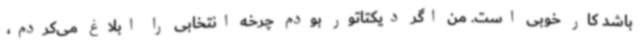
باشد کار خوبی است. من اگر دیکتاتور بودم چرخه انتخابی را ابلاغ می‌کردم،